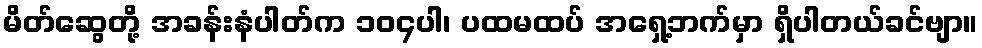
မိတ်ဆွေတို့ အခန်းနံပါတ်က ၁၀၄ပါ၊ ပထမထပ် အရှေ့ဘက်မှာ ရှိပါတယ်ခင်ဗျာ။